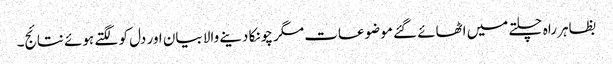
بظاہر راہ چلتے میں اٹھائے گئے موضوعات مگر چونکا دینے والا بیان اور دل کو لگتے ہوئے نتائج۔